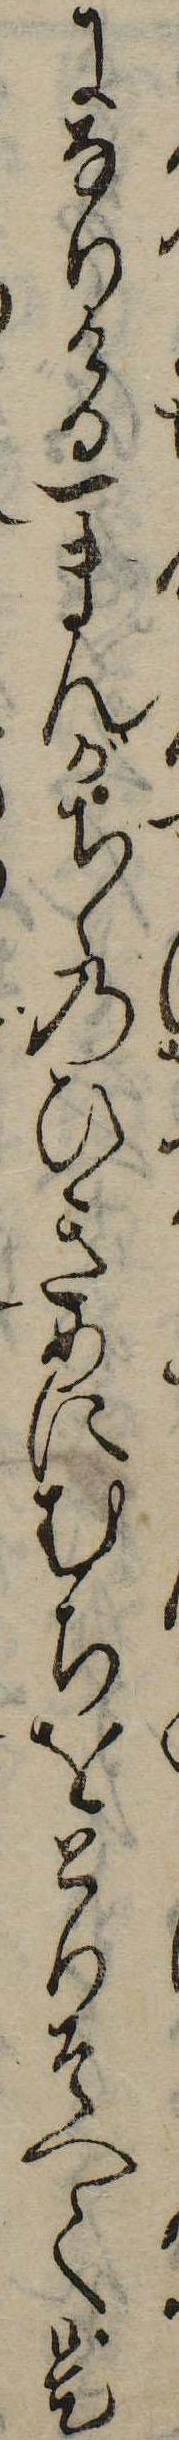
になりける一まんがちゝのひきめにむちをとりそへて是